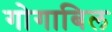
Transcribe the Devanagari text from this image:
गोगाबिल